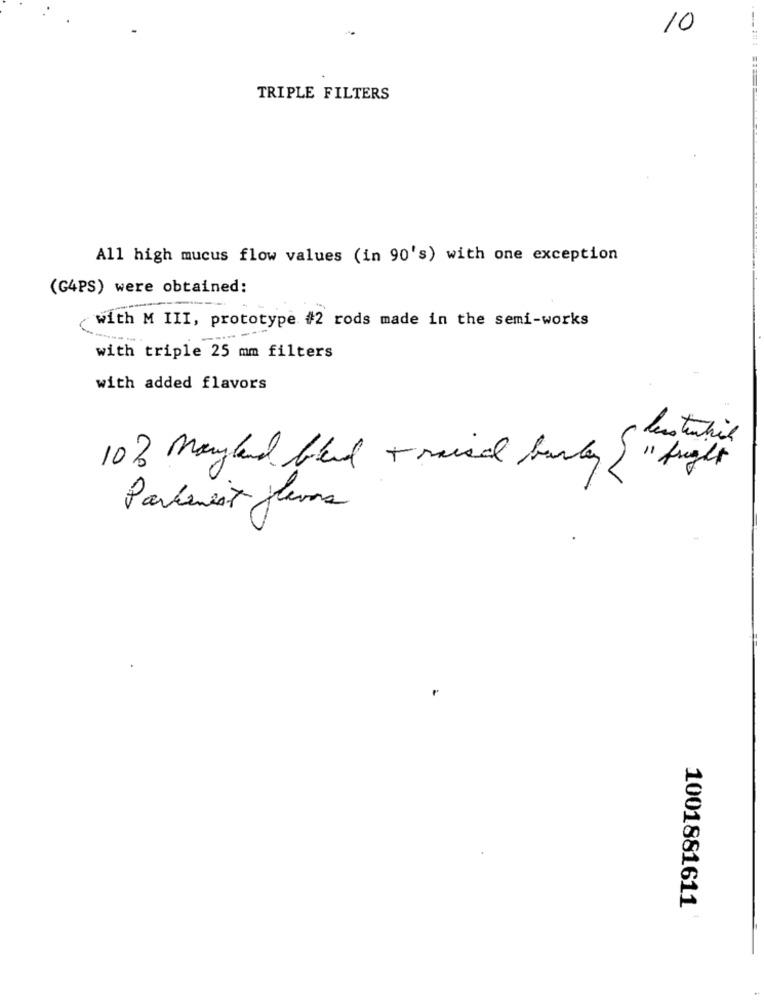
10
TRIPLE FILTERS
All high mucus flow values (in 90's) with one exception
(G4PS) were obtained:
with M III, prototype #2 rods made in the semi-works
--
with triple 25 mm filters
with added flavors
-
10% Maryland lead - raised banky
11 fright
Parkenest flavors
1001881611